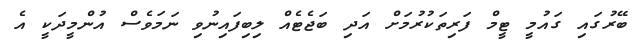
ބޭރުގައި ގައުމީ ޓީމް ފަރިތަކުރުމަށް އަދި ބަޖެޓެއް ލިބިފައިނުވި ނަމަވެސް އުންމީދަކީ އެ